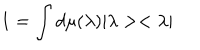
1 = \int d \mu ( \lambda ) | \lambda > < \lambda |